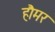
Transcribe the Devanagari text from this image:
हौमर